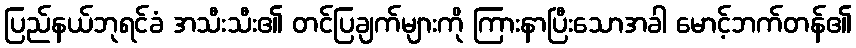
ပြည်နယ်ဘုရင်ခံ အသီးသီး၏ တင်ပြချက်များကို ကြားနာပြီးသောအခါ မောင့်ဘက်တန်၏